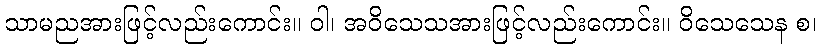
သာမညအားဖြင့်လည်းကောင်း။ ဝါ၊ အဝိသေသအားဖြင့်လည်းကောင်း။ ဝိသေသေန စ၊